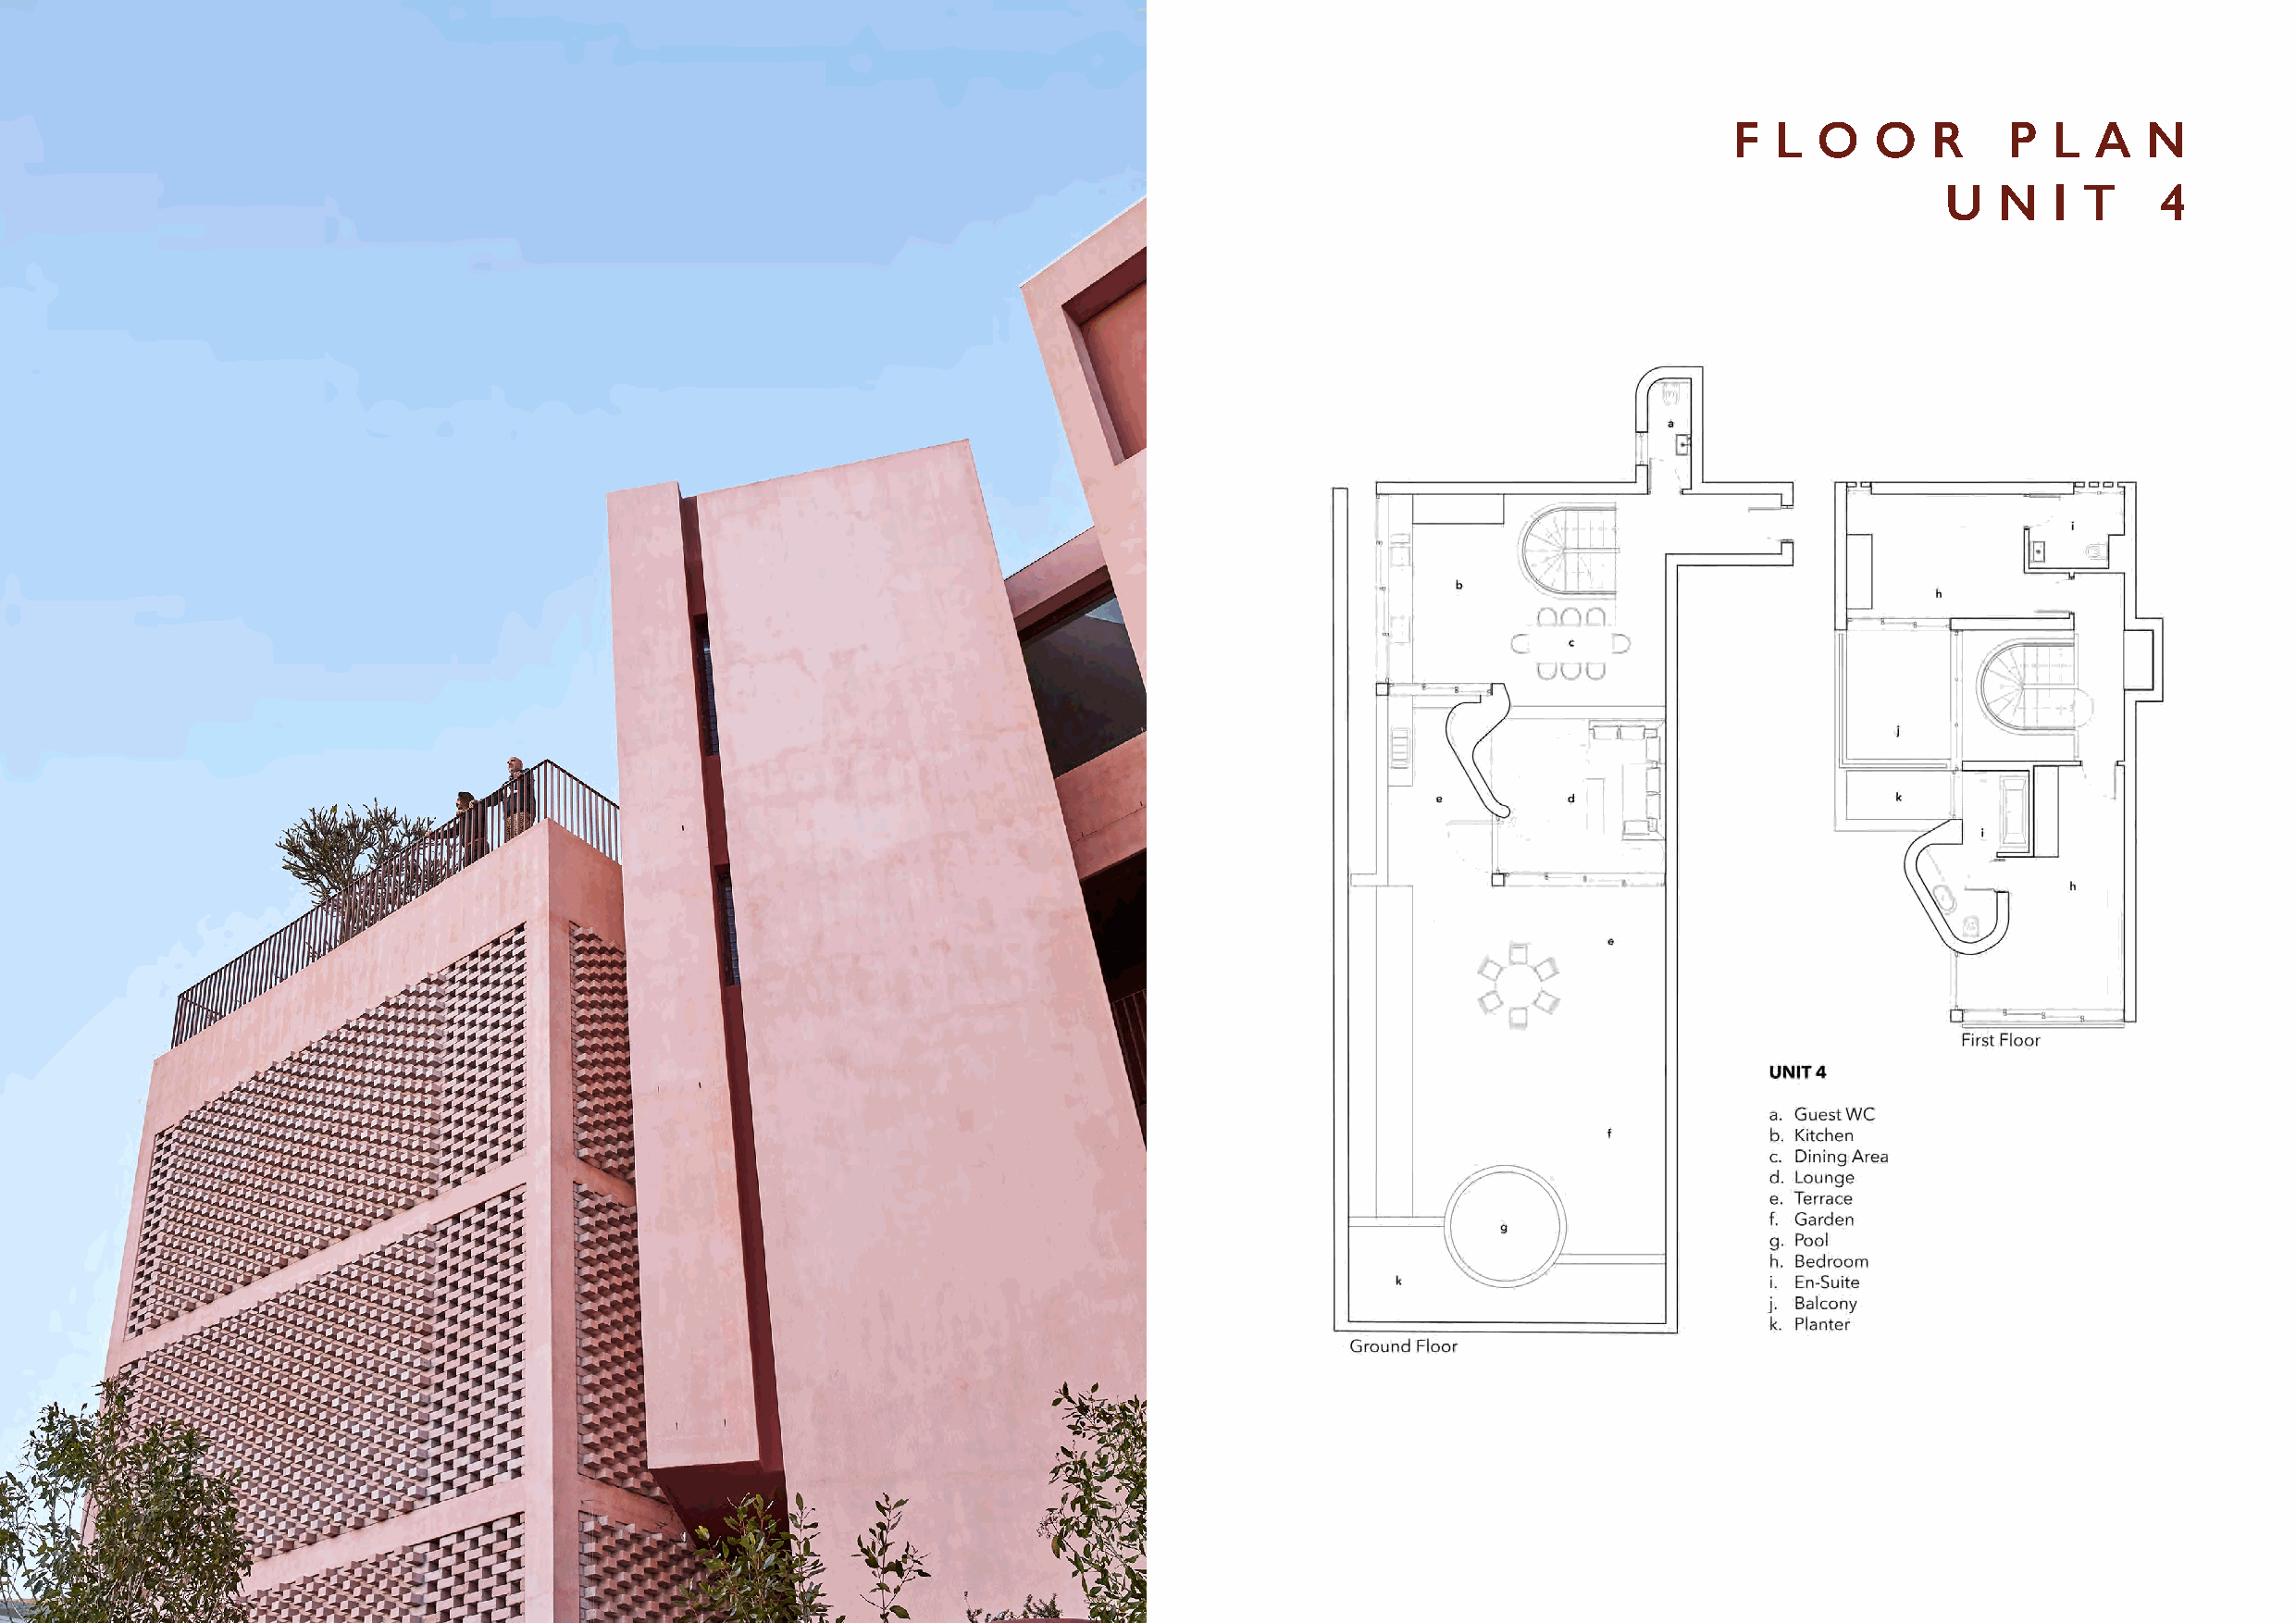
F  L  O   O   R     P  L  A   N
 U   N   I T    4